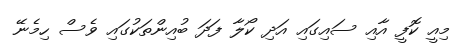
މިއީ ކޮފީ އާއި ސައިގައި އަދި ކޯލާ ފަދަ ބުއިންތަކުގައި ވެސް ހިމެނޭ